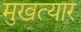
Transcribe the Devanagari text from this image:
मुखत्यार